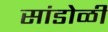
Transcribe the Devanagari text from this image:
सांडोळी